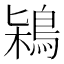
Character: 𪀶